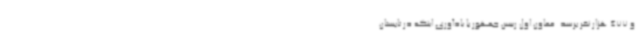
و 477 هزار نفر برسد. معاون اول رییس جمهور با یادآوری اینکه در تابستان